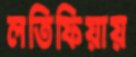
লতিফিয়ায়